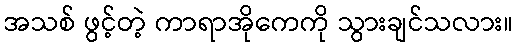
အသစ် ဖွင့်တဲ့ ကာရာအိုကေကို သွားချင်သလား။